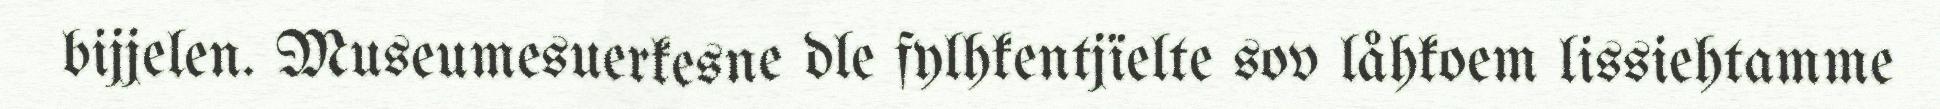
bijjelen. Museumesuerkesne dle fylhkentjïelte sov låhkoem lissiehtamme